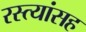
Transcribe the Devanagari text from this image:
रस्त्यांसह